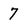
Character: 7